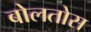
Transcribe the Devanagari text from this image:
बोलतोस